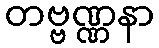
တဗ္ဗဏ္ဏနာ